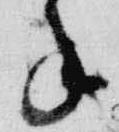
年